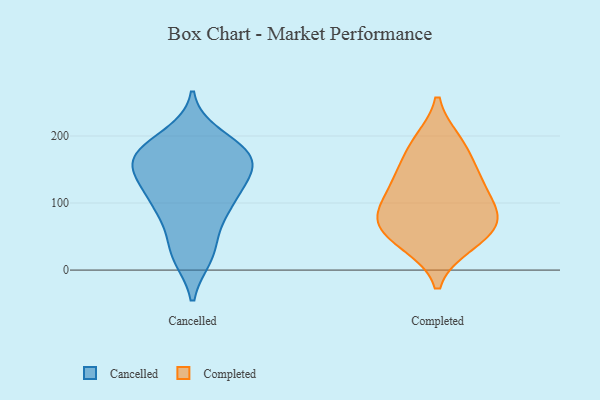
{"axis": {"x": "Website Visitors", "y": "Value"}, "legend": ["Cancelled", "Completed"], "data": [{"x": "", "y": 173, "type": "Cancelled"}, {"x": "", "y": 77, "type": "Cancelled"}, {"x": "", "y": 169, "type": "Cancelled"}, {"x": "", "y": 21, "type": "Cancelled"}, {"x": "", "y": 149, "type": "Cancelled"}, {"x": "", "y": 83, "type": "Cancelled"}, {"x": "", "y": 174, "type": "Cancelled"}, {"x": "", "y": 160, "type": "Cancelled"}, {"x": "", "y": 104, "type": "Cancelled"}, {"x": "", "y": 141, "type": "Cancelled"}, {"x": "", "y": 104, "type": "Cancelled"}, {"x": "", "y": 150, "type": "Cancelled"}, {"x": "", "y": 183, "type": "Cancelled"}, {"x": "", "y": 105, "type": "Cancelled"}, {"x": "", "y": 26, "type": "Cancelled"}, {"x": "", "y": 181, "type": "Cancelled"}, {"x": "", "y": 135, "type": "Cancelled"}, {"x": "", "y": 200, "type": "Cancelled"}, {"x": "", "y": 27, "type": "Cancelled"}, {"x": "", "y": 133, "type": "Completed"}, {"x": "", "y": 43, "type": "Completed"}, {"x": "", "y": 78, "type": "Completed"}, {"x": "", "y": 92, "type": "Completed"}, {"x": "", "y": 186, "type": "Completed"}, {"x": "", "y": 39, "type": "Completed"}, {"x": "", "y": 73, "type": "Completed"}, {"x": "", "y": 145, "type": "Completed"}, {"x": "", "y": 60, "type": "Completed"}, {"x": "", "y": 130, "type": "Completed"}, {"x": "", "y": 89, "type": "Completed"}, {"x": "", "y": 191, "type": "Completed"}]}